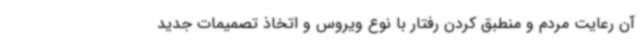
آن رعایت مردم و منطبق کردن رفتار با نوع ویروس و اتخاذ تصمیمات جدید